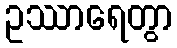
ဥဿာရေတွာ